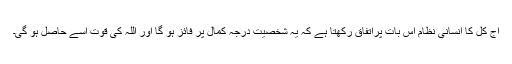
آج کل کا انسانی نظام اس بات پراتفاق رکھتا ہے کہ یہ شخصیت درجہ کمال پر فائز ہو گا اور اللہ کی قوت اسے حاصل ہو گی۔